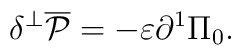
\delta ^ \bot \overline {\cal P} = - \varepsilon {\partial ^1}\Pi_0.